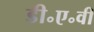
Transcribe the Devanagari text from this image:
डी॰ए॰वी